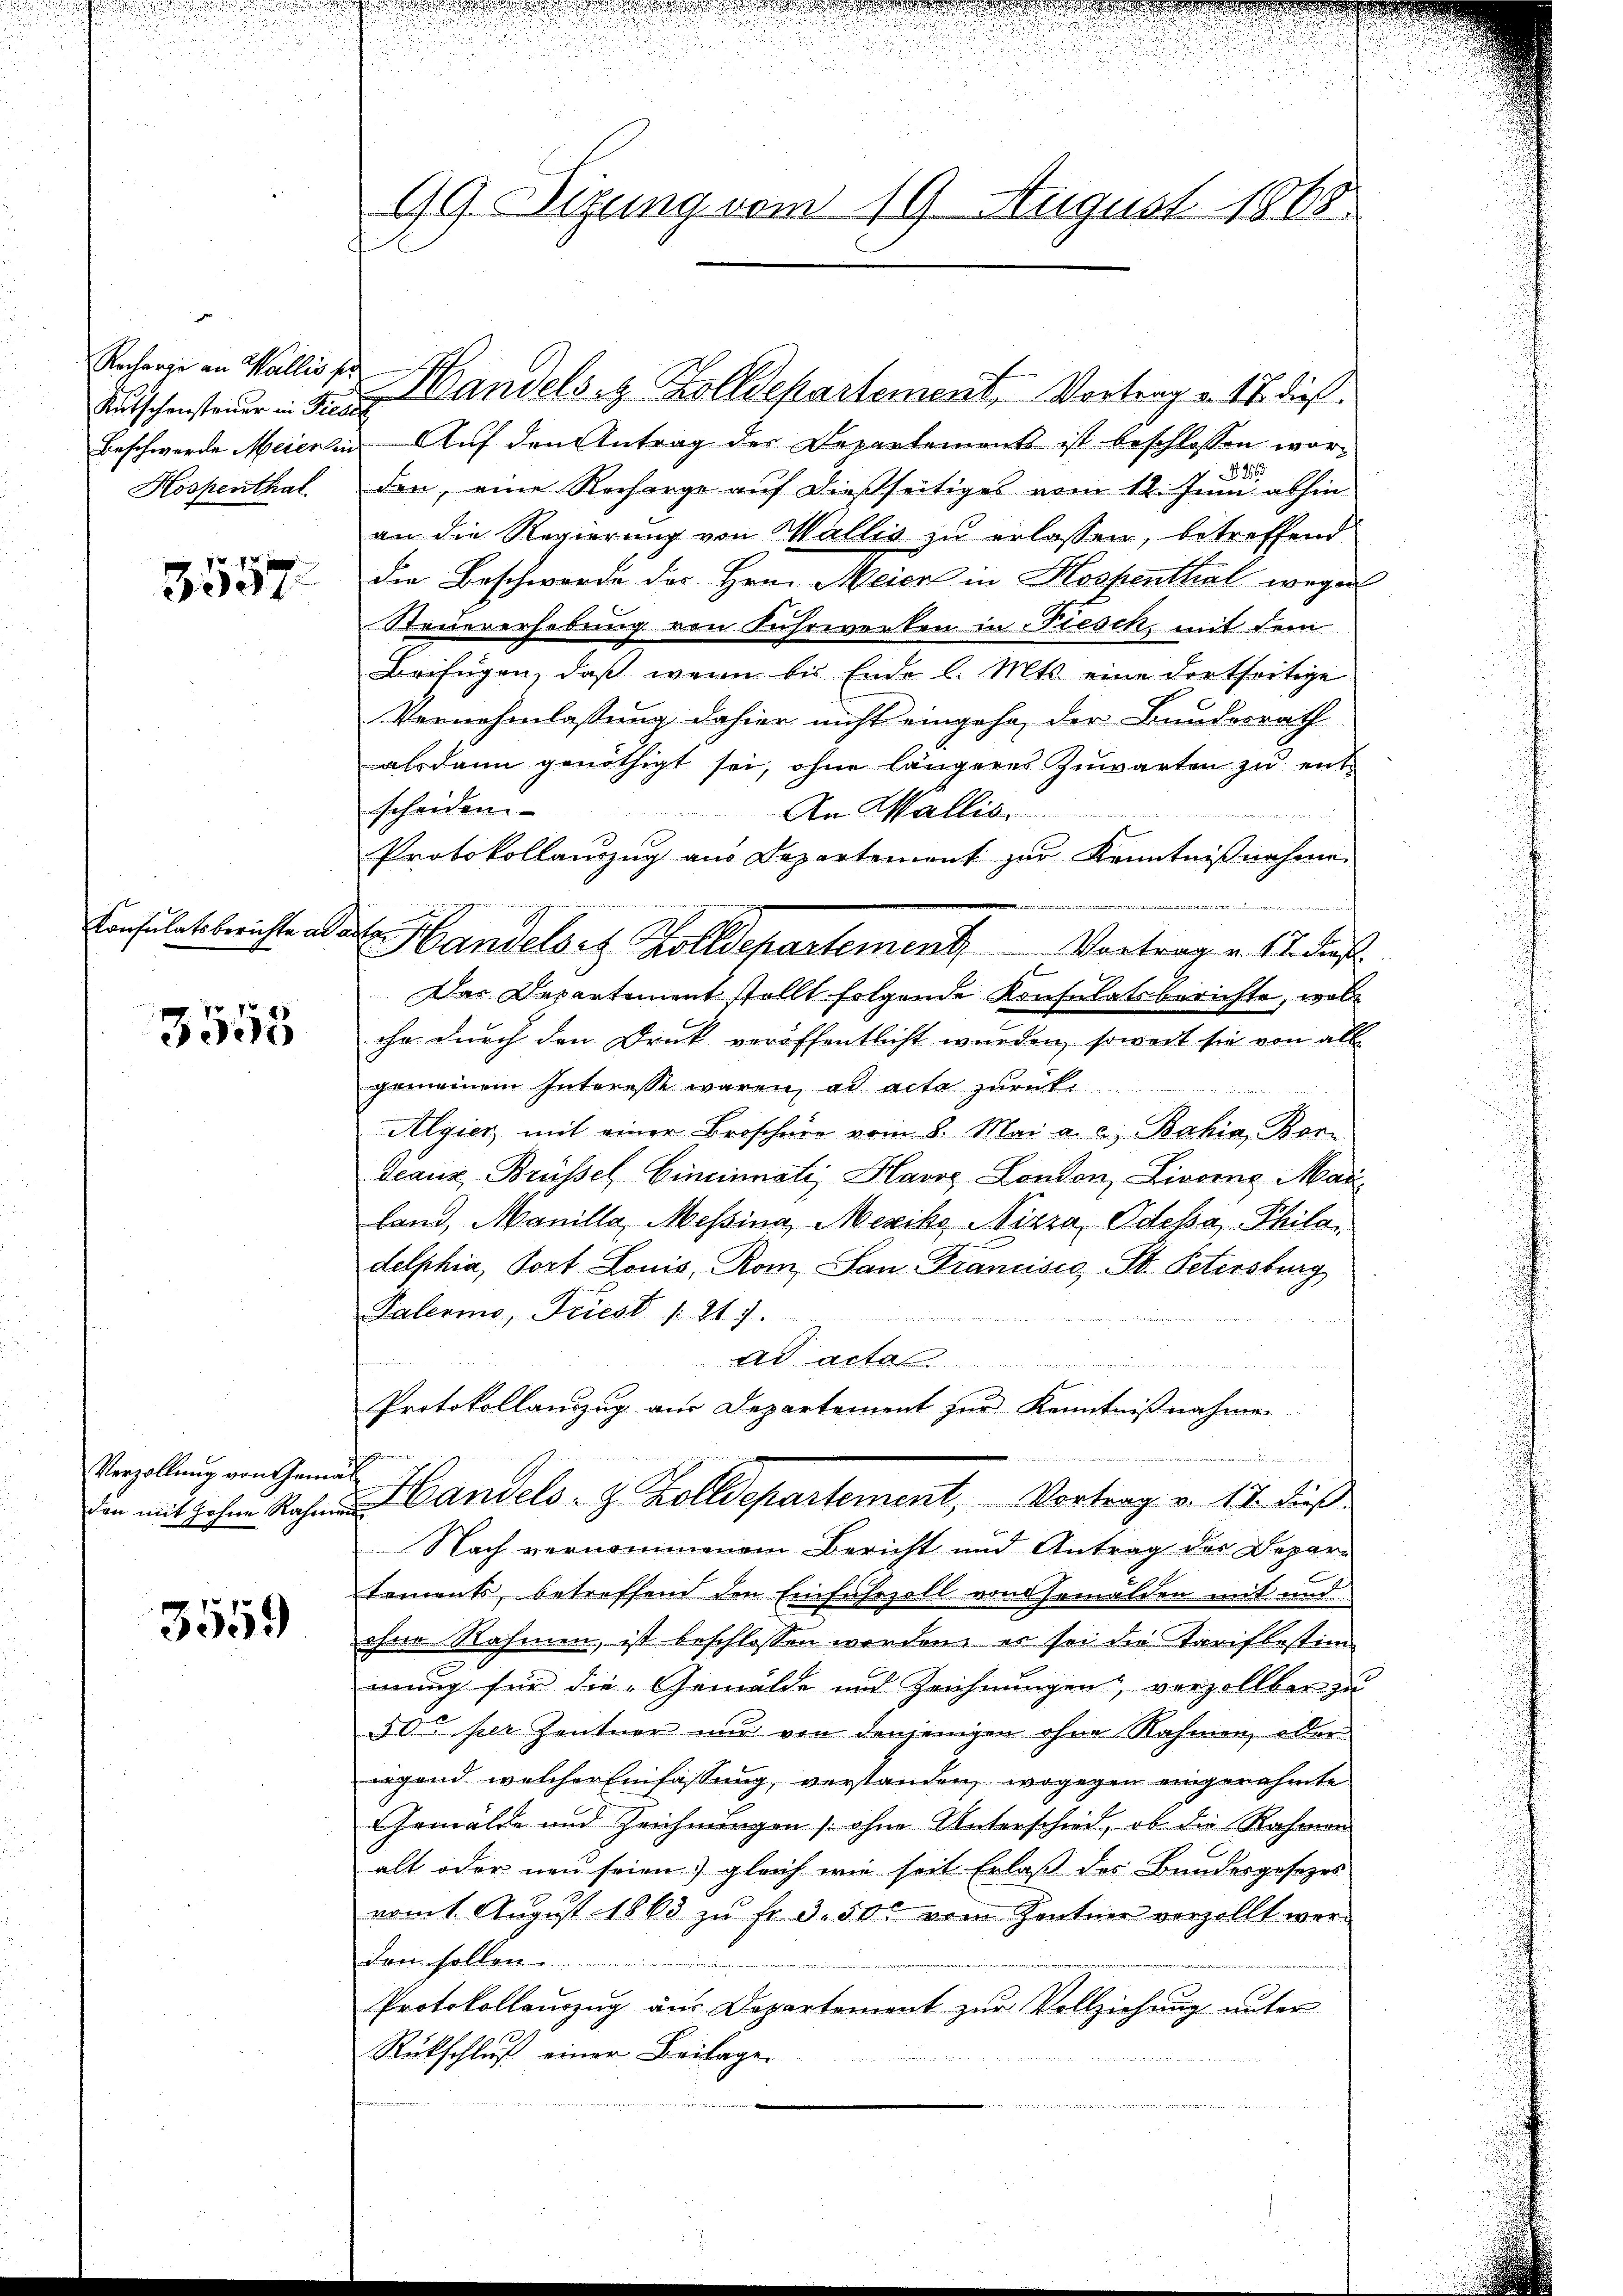
Kutschensteuer in Frieder

3557

Consulatsberichte ad actan

3555

3559

99. Digung vom 19. August 1868

Recharge an Wallister Handels- & Zolldepartement, Vortrag v. 17. dieß

Beschwerde Meieren Auf den Antrag der Departement ist beschlossen wor¬
Hospenthal den, eine Recharge auf dießseitiges vom 12. Juni abhin
an die Regierung von Wallis zu erlassen, betreffend
die Beschwerde des Hrn. Meier in Hospenthal wegen
Steuererhebung von Fuhrwerken in Fiesch, mit dem
Beifügen, daß wenn bis Ende l. Mts. eine dortseitige
Vornehmlassung dahier nicht eingehe, der Bundesrath
alsdann genöthigt sei, ohne längeres Zuwarten zu entscheiden
An Wallis.
Protokollanzzug aus Departement zur Kenntnißnahme
Handelsch Zolldepartement. Vortrag v. 11. dies
Das Departement stellt folgende Konsulatsberichte, woll
ihn durch den Druck veröffentlicht wurden, soweit sie von alle
gemeinem Interesse waren, ad acta zurück
Algier, mit einer Broscherr vom 8. Mai a. a. Bahia, Bor¬
Franz Brüssel Einsinnati, Havre London, Livorne Mari
land, Manille, Messina, Mexiko Nizza Odcha, Phila
delphia, Tort Louis, Rom. San Francisca St. Petersburg
Palermo, Friest /: 217.
Ad actes
Protokollandzug aus Departement zur Kenntnißnahme.
u
Verhaltung von Gemüt
ven mit Hohen Rahmen Handels- & Zolldepartement, Vortrag von 17. dieß
Nach vernommenem Bericht und Antrag der Depar-
tements, betreffend den Einfuhrzoll von Gemälden mit und
ohne Rahmen, ist beschlossen werden, es sei die Tarifbestim
mung für die Gemälde und Zeichnungen verzollbar zu
50 per Zentner nur von denjenigen ohne Nahmen, oberirgend welcher Einfassung, verstanden, wogegen eingerahmte
Gemälde und Zeichnungen [ohne Unterschied, ob die Rahmen
alt oder neu seien gleich wie seit Erlaß des Bundesgesezes
vomt Aŭgŭst 1863 zŭ fr. 3. 500 vom Zenten verzellt wer-
den sollen.
Protokollauszug aus Departement zur Vollziehung unter
Rückschluß einer Beilage
e